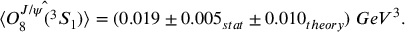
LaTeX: \langle \hat { O _ { 8 } ^ { J / \psi } ( ^ { 3 } S _ { 1 } ) } \rangle = ( 0 . 0 1 9 \pm 0 . 0 0 5 _ { s t a t } \pm 0 . 0 1 0 _ { t h e o r y } ) ~ G e V ^ { 3 } .